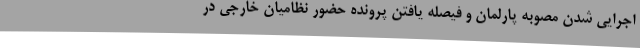
اجرایی شدن مصوبه پارلمان و فیصله یافتن پرونده حضور نظامیان خارجی در